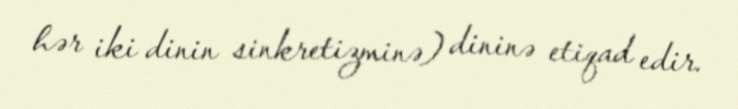
hər iki dinin sinkretizminə) dininə etiqad edir.